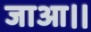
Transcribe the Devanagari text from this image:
जाआ।।